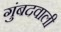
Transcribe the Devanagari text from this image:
गुंबदवाली